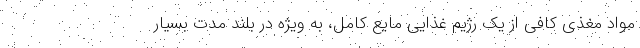
مواد مغذی کافی از یک رژیم غذایی مایع کامل، به ویژه در بلند مدت بسیار